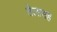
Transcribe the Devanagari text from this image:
तेलासह